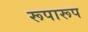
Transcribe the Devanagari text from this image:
रूपारूप